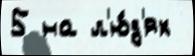
5 на л'ю́д'ях